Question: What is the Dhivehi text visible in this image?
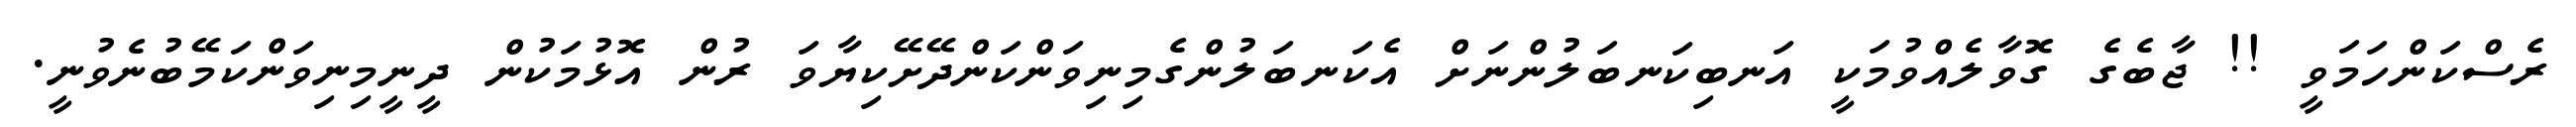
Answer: ރެސްކަންހަމަވީ !! ޖާބެގެ ގޮވާލެއްވުމަކީ އަނބިކަނބަލުންނަށް އެކަނބަލުންގެމިނިވަންކަންދޭށޭކިޔާވަ ރުން އޮޅުމަކުން ދީނީމިނިވަންކަމޭބުނެވުނީ.